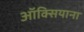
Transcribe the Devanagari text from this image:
ऑक्सियाना